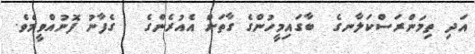
އަދި ތިމަންރަސްކަލާނގެ  ބާގައިމީހުންގެ ގާތަށް އެއުރެންގެ   ގެފާނު ފޮނުއްވީމެވެ.